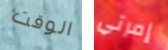
الوقت إمرتي